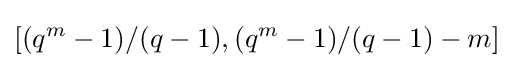
[(q^{m}-1)/(q-1),(q^{m}-1)/(q-1)-m]